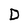
Character: D